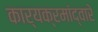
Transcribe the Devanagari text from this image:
कार्यक्रमांद्वारे